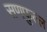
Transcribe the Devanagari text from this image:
सणफुल्ल